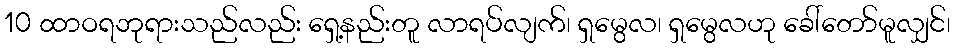
10 ထာဝရဘုရားသည်လည်း ရှေ့နည်းတူ လာရပ်လျက်၊ ရှမွေလ၊ ရှမွေလဟု ခေါ်တော်မူလျှင်၊